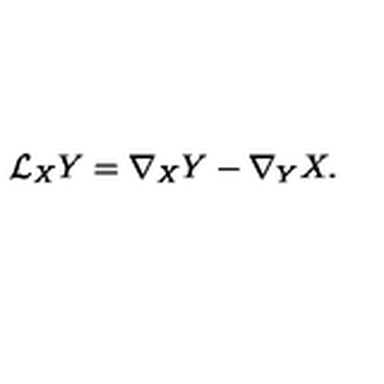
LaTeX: { \cal { L } } _ { X } Y = \nabla _ { X } Y - \nabla _ { Y } X .